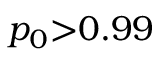
p _ { 0 } { > } 0 . 9 9